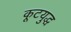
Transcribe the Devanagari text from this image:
कूटयुद्ध